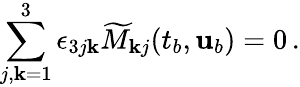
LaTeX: \sum_{j,\mathbf{k}=1}^{3}\epsilon_{3j\mathbf{k}}\widetilde{{M}}_{\mathbf{k}j}(t_{b},{\mathbf{{u}}}_{b})=0\, .